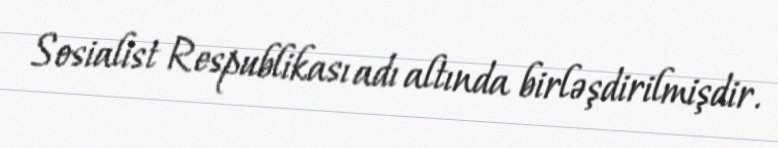
Sosialist Respublikası adı altında birləşdirilmişdir.